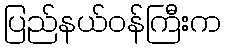
ပြည်နယ်ဝန်ကြီးက